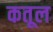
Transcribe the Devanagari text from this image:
कतूल